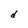
Character: d